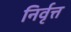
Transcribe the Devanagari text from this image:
निर्वृत्त